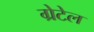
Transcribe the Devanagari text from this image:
ग्रेटेल